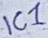
Text: IC1